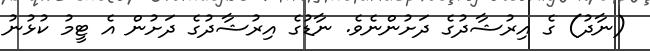
(ނާދު) ގެ އިރުޝާދުގެ ދަށުންނެވެ. ނާޑުގެ އިރުޝާދުގެ ދަށުން އެ ޓީމު ކުޅުނު